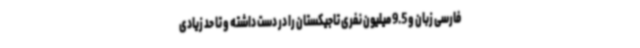
فارسی زبان و 9.5 میلیون نفری تاجیکستان را در دست داشته و تا حد زیادی